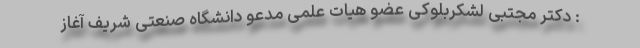
: دکتر مجتبی لشکربلوکی عضو هیات علمی مدعو دانشگاه صنعتی شریف آغاز